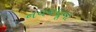
નવવધૂના